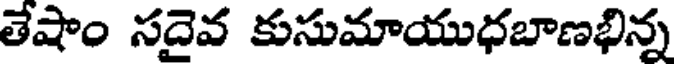
తేషాం సదైవ కుసుమాయుధబాణభిన్న